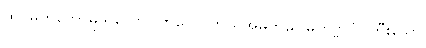
ထင်မှတ်တော်မူသလော။ ဗာလေ၊ ဟယ်အမိုက်မ။ မဟဗ္ဗလံ၊ ကြီးသော